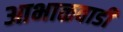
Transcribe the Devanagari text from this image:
आभाळवाडी